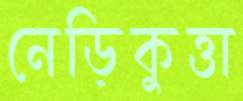
নেড়িকুত্তা